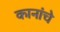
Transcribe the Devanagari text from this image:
कानांचे